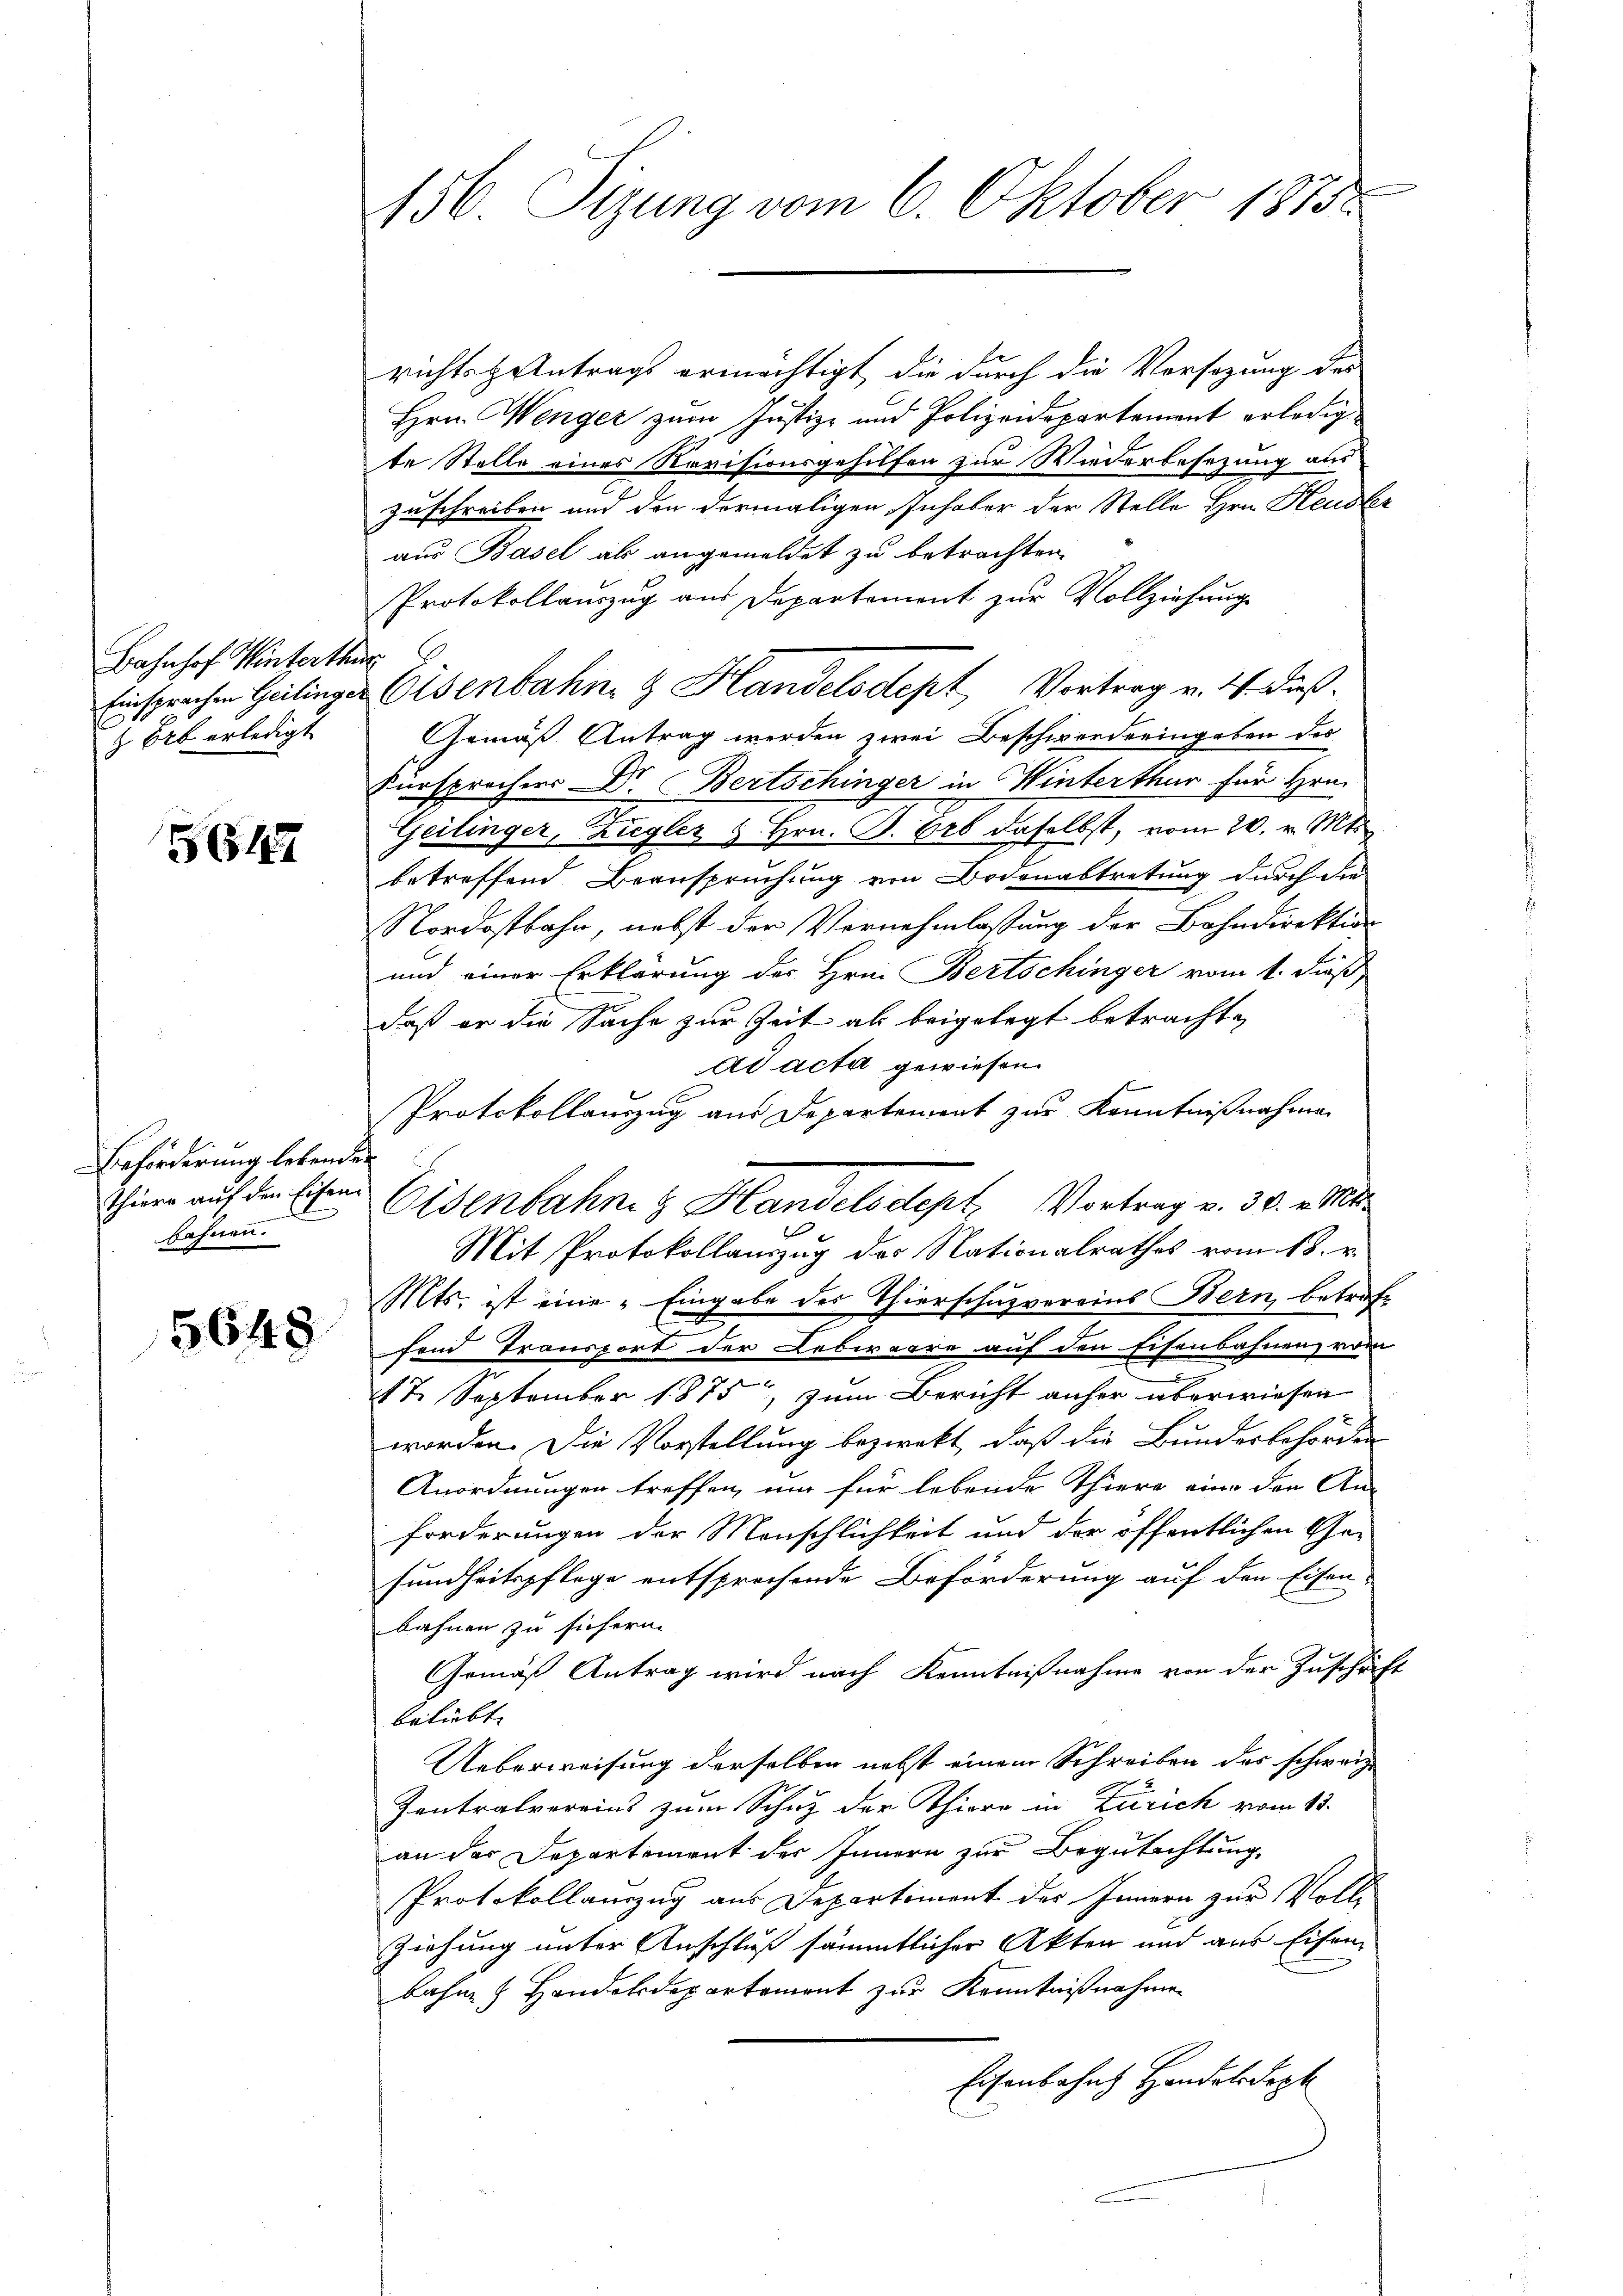
Bahnhof Winterthur
& Ort erledigt

5642

Beförderung lebenden
bahnen.

5648

456. Sizung vom 6. Oktober 1875.

richtsantrags ermächtigt, die durch die Vorsezung des
Hrn. Wenger zum Justiz- und Polizeidepartement erledigte Stelle eines Revisionsgehilfen zur Wiederbesezung aus
Zuschreiben und den dermaligen Inhaber der Stelle Hrn. Heusler
aus Basel als angemeldet zu betrachten.
Protokollauszug aus Departement zur Vollziehung
Einsprechen Geilinger Eisenbahn & Handelsdept, Vortrag v. 4. dieß.
Gemäß Antrag werden zwei Beschworderingeben des
Fürsprechers Dr. Bertschinger in Winterthur für Hrn.
Geilinger, Ziegler & Hrn. B. Erb daselbst, vom 20. v. Mts.
betreffend Beanspruchung von Bodenabtretung durch die
Nordostbahn, nebst der Vernehmlassung der Bahndirektion
und einer Erklärung des Hrn. Bertschinger vom 1. Fuß,
daß er die Sache zur Zeit als beigelegt betrachte
ad acta gewiesen.
Protokollanzug aus Departement zur Kenntnißnahme
Thier auf den Eisen Eisenbahn & Handelsclept, Vortrag v. 30. v. Mts.
Mit Protokollauszug des Nationalrathes vom 18. v.
Mts. ist eine „Eingabe des Thierschuzvereins Bern, betrafe
fend Transport der Lebwaare auf den schenbahnen vom
17. September 1875, zum Bericht anher überwiesen
worden. Die Vorstellung bezwekt, daß die Bunderbehörden
Anordnungen treffen, um für lebende Thiere eine der An-
forderungen der Menschlichkeit und der öffentlichen Ge-
sundheitspflege entsprochende Beförderung auf den Eisen-
bahnen zu sichern.
Gemäß Antrag wird nach Kenntnißnahme von der Zuschäft
beliebt.
Ueberweisung derselben nebst einem Schreiben des schweiz.
Zentralvereins zum Schutz der Thiere in Zürich vom 13.
an das Departement der Innern zur Begutachtung,
Protokollauszug aus Departiment des Innern zur Voll¬
Ziehung unter Anschluß sämmtlicher Akten und aus Eisenbahne Handeldepartement zur Kenntnißnahme
Eisenbahn Handelsdopt